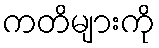
ကတိများကို